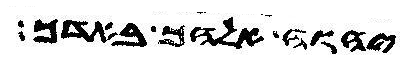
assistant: יהוה אלהך באדך